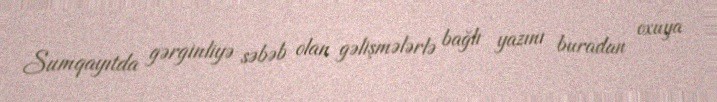
Sumqayıtda gərginliyə səbəb olan gəlişmələrlə bağlı yazını buradan oxuya